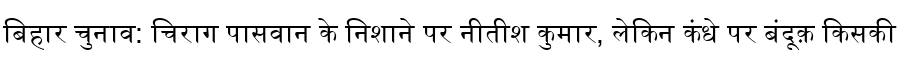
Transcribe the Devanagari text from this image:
बिहार चुनाव: चिराग पासवान के निशाने पर नीतीश कुमार, लेकिन कंधे पर बंदूक़ किसकी